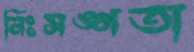
নিঃসঙ্গতা